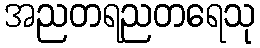
အညတရညတရေသု